King Institute of Preventive Medicine Bacteriolog. Section reports 1907-08
Year: 1907
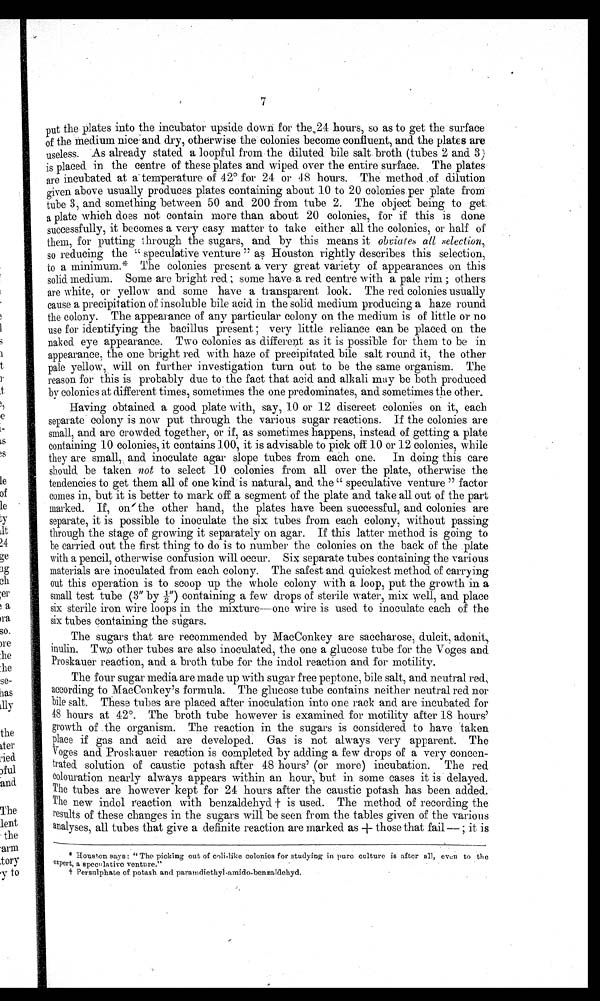
7
put the plates into the incubator upside down for the 24 hours, so as to get the surface
of the Medium nice and dry, otherwise the colonies become confluent, and the plates are
useless. As already stated. a loopful from the diluted bile salt. broth (tubes 2 and. 3)
is placed in the centre of these plates and wiped. over the entire surface. The plates-
are incubated at a' temperature. of 42° for 24 or 48 hours. The method of dilution
given above usually produces plates containing about 10 to 20 colonies per plate from
tube 3, and something between 50 and 200 from tube 2. The object being to get
a plate which does not contain more than about 20 colonies, for if this is done
successfully, it becomes a very easy matter to take either all the colonies, or half of
them, for putting through the sugars, and by this means it obviates all selection,
so reducing the " speculative venture " as Houston rightly describes this selection,
to a minimum.* The colonies present a very great variety of appearances on this
solid medium. Some are bright red ; some have a red centre with a pale rim ; others
are white, or yellow and some have a transparent look. The red colonies usually
cause a precipitation of insoluble bile acid in the solid medium producing a haze round
the colony. The appearance of any particular colony on the medium is of little or no
use for identifying the bacillus present ; very little reliance can be placed on the
naked eye appearance. Two colonies as different as it is possible for them to be in
appearance, the one bright red with haze of precipitated bile salt round it, the other
pale yellow, will on further investigation turn out to be the same organism. The
reason for this is probably due to the fact that acid and alkali may be both produced
by colonies at different times, sometimes the one predominates, and sometimes the other.
Having obtained a good plate with, say, 10 or 12 discreet colonies on it, each
separate colony is now put through the various sugar reactions. If the colonies are
small, and are crowded together, or if, as sometimes happens, instead of getting a plate
containing 10 colonies, it contains 100, it is advisable to pick off 10 or 12 colonies, while
they are small, and inoculate agar slope tubes from each one. In doing this care
should. be taken not to select 10 colonies from all over the plate, otherwise the
tendencies to get them all of one kind is natural, and the " speculative venture " factor
comes in, but it is better to mark off a segment of the plate and take all out of the part
marked. If, on the other hand, the plates have been successful, and colonies are
separate, it is possible to inoculate the six tubes from each colony, without passing
through the stage of growing it separately on agar. If this latter method is going to
be carried out the first thing to do is to number the colonies on the back of the .plate
with a pencil, otherwise confusion will occur. Six separate tubes containing the various
materials are inoculated from each colony. The safest and quickest method of carrying
out this operation is to scoop up the whole colony with a loop, put the growth in a
small test tube (3" by ½") containing a few drops of sterile water, mix well, and place
six sterile iron wire loops in the mixture—one wire is used to inoculate each of the
six tubes containing the sugars.
The sugars that are recommended by MacConkey are saccharose, dulcit, adonit,
inulin. Two other tubes are also inoculated, the one a glucose tube for the Voges and
Proskauer reaction, and a broth tube for the indol reaction and for motility.
The four sugar media are made up with sugar free peptone, bile salt, and neutral red,
according to MacConkey's formula. The glucose tube contains neither neutral red nor
bile salt. These tubes are placed after inoculation into one rack and are incubated for
48 hours at 42°. The broth tube however is examined for motility after 18 hours'
growth of the organism. The reaction in the sugars is considered to have taken
place if gas and acid are developed. Gas is not always. very apparent. The
Voges and Proskauer reaction is completed by adding a few drops of a very concen-
trated solution of caustic potash after 48 hours' (or more) incubation. The red
colouration nearly always appears within an hour, but in some cases it is delayed.
The tubes are however kept for 24 hours after the caustic potash has been added.
The new indol reaction with benzaldehyd † is used. The method of recording the
results of these changes in the sugars will be seen from the tables given of the various
a nalyses, all tubes that give a definite reaction are marked as † those that fail — ; it is
* Houston says : "The picking out, of coli-like colonies for studying in pure culture is after all, even to the
expert, a speculative venture."
† Persulphate of potash and paramdiethyl-amido-benzaldehyd.